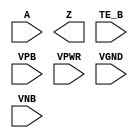
/**
 * Copyright 2020 The SkyWater PDK Authors
 *
 * Licensed under the Apache License, Version 2.0 (the "License");
 * you may not use this file except in compliance with the License.
 * You may obtain a copy of the License at
 *
 *     https://www.apache.org/licenses/LICENSE-2.0
 *
 * Unless required by applicable law or agreed to in writing, software
 * distributed under the License is distributed on an "AS IS" BASIS,
 * WITHOUT WARRANTIES OR CONDITIONS OF ANY KIND, either express or implied.
 * See the License for the specific language governing permissions and
 * limitations under the License.
 *
 * SPDX-License-Identifier: Apache-2.0
 */

`ifndef SKY130_FD_SC_LP__EINVN_PP_SYMBOL_V
`define SKY130_FD_SC_LP__EINVN_PP_SYMBOL_V

/**
 * einvn: Tri-state inverter, negative enable.
 *
 * Verilog stub (with power pins) for graphical symbol definition
 * generation.
 *
 * WARNING: This file is autogenerated, do not modify directly!
 */

`timescale 1ns / 1ps
`default_nettype none

(* blackbox *)
module sky130_fd_sc_lp__einvn (
    //# {{data|Data Signals}}
    input  A   ,
    output Z   ,

    //# {{control|Control Signals}}
    input  TE_B,

    //# {{power|Power}}
    input  VPB ,
    input  VPWR,
    input  VGND,
    input  VNB
);
endmodule

`default_nettype wire
`endif  // SKY130_FD_SC_LP__EINVN_PP_SYMBOL_V